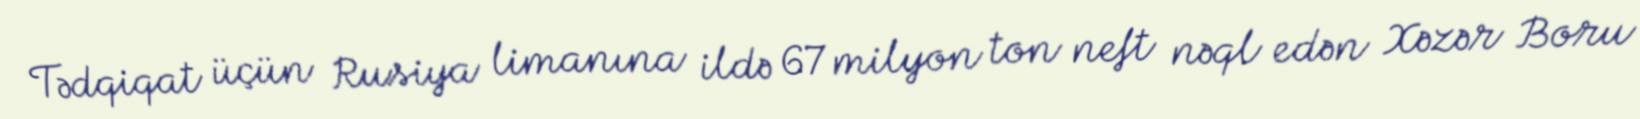
Tədqiqat üçün Rusiya limanına ildə 67 milyon ton neft nəql edən Xəzər Boru